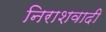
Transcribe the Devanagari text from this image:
निराशवादी